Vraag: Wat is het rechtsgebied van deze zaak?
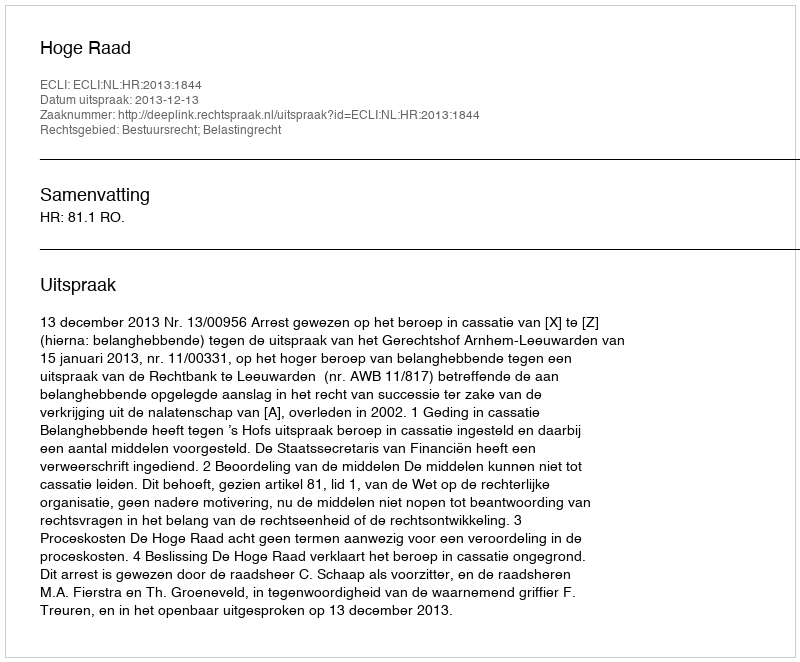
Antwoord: Bestuursrecht; Belastingrecht